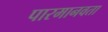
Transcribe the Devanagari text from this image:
पारमानवता